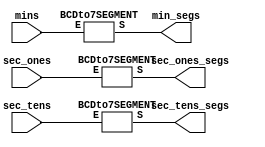

module full_leds ( 
    input [3:0]sec_ones,
    input [3:0]sec_tens,
    input [3:0]mins,
    output [6:0]sec_ones_segs,
    output [6:0]sec_tens_segs,
    output [6:0]min_segs
);

BCDto7SEGMENT secs(.E(sec_ones[3:0]),.S(sec_ones_segs[6:0]));
BCDto7SEGMENT tens(.E(sec_tens[3:0]),.S(sec_tens_segs[6:0]));
BCDto7SEGMENT minutes(.E(mins[3:0]),.S(min_segs[6:0]));

endmodule

module BCDto7SEGMENT(input wire[3:0]E,
                output reg [6:0]S);



always @(*)
 begin
  case(E)
   4'b0000 : S=7'b0000001; 
   4'b0001 : S=7'b1001111;
   4'b0010 : S=7'b0010010;
   4'b0011 : S=7'b0000110;
   4'b0100 : S=7'b1001100;
   4'b0101 : S=7'b0100100;
   4'b0110 : S=7'b0100000;
   4'b0111 : S=7'b0001101;
   4'b1000 : S=7'b0000000;
   4'b1001 : S=7'b0000100; 
   default : S=7'b1111111;
  endcase
 end

endmodule